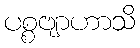
ပစ္စဗျာဟာသိ